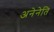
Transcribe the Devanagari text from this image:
अनेनेति